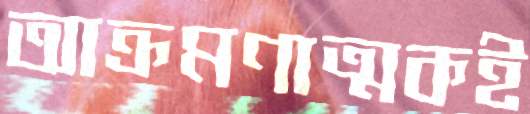
আক্রমণাত্মকই